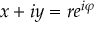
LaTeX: x + i y = r e ^ { i \varphi }